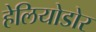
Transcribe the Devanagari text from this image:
हेलियोडोर